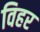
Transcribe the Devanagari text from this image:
विहर